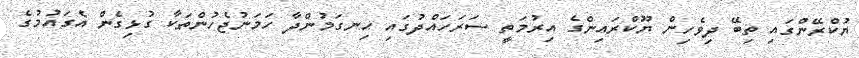
ޔުކްރޭންގައި ތިބޭ ދިވެހިން ޔޫކްރައިންގެ އިރުމަތީ ސަރަހައްދުގައި ހިނގަމުންދާ ހަމަނުޖެހުންތަކާ ގުޅިގެން އެގައުމުގެ